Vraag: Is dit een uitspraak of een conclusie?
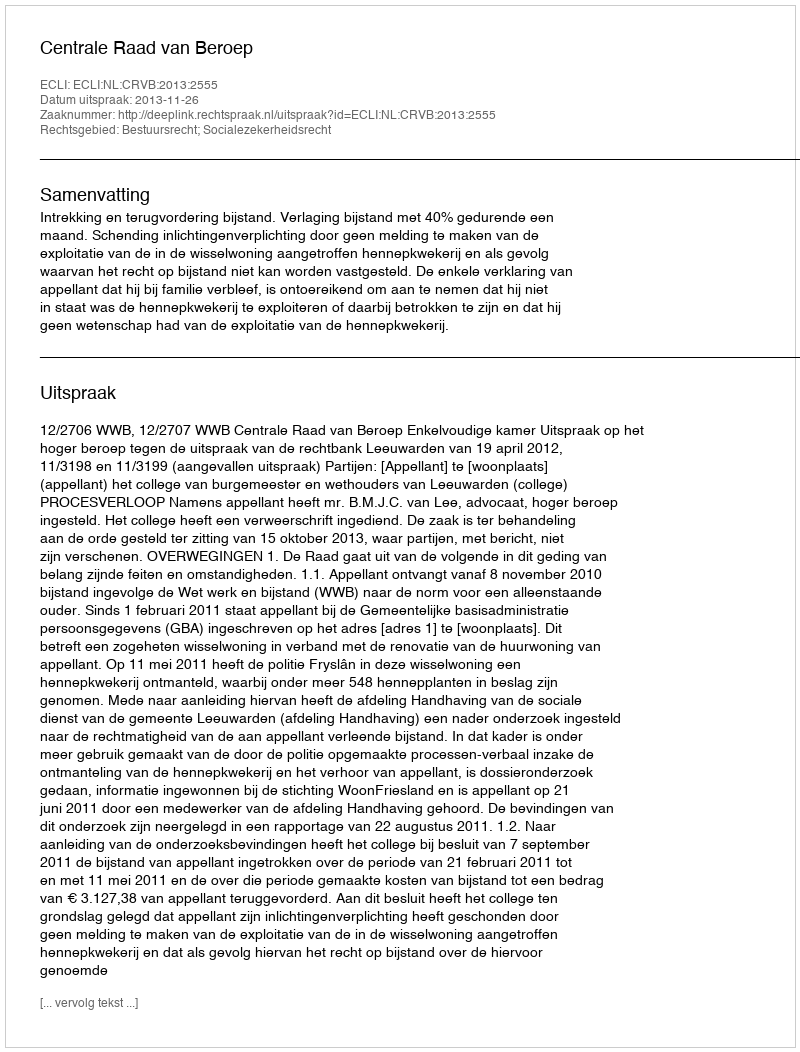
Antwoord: Uitspraak